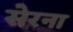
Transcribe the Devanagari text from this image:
सेरना